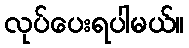
လုပ်ပေးရပါမယ်။